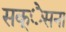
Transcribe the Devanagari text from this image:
सक्ेसना